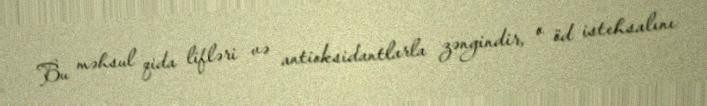
Bu məhsul qida lifləri və antioksidantlarla zəngindir, o öd istehsalını